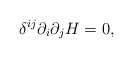
\begin{align*} \delta^{ij} \partial_i \partial_j H=0 ,\end{align*}